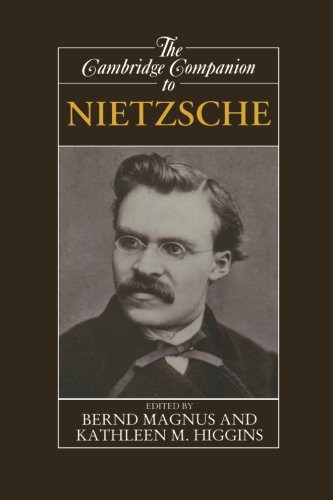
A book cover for The Cambridge Companion to Nietzsche (Cambridge Companions to Philosophy); Biographies & Memoirs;